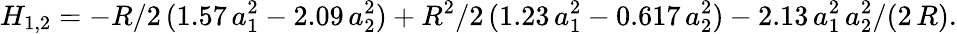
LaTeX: H_{1,2}=-R/2\, (1.57\, a_{1}^{2}-2.09\, a_{2}^{2})+R^{2}/2\, (1.23\, a_{1}^{2}-0.617\, a_{2}^{2})-2.13\, a_{1}^{2}\, a_{2}^{2}/(2\, R).